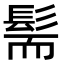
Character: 髵